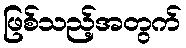
ဖြစ်သည့်အတွက်